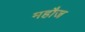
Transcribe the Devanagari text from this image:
महौज